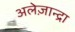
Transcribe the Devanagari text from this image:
अलेज़ान्द्रा